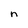
Character: n